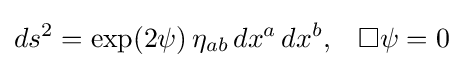
ds^{2}=\exp(2\psi )\,\eta _{ab}\,dx^{a}\,dx^{b},\;\;\;\Box \psi =0